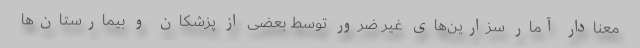
معنادار آمار سزارین‌های غیر ضرور توسط بعضی از پزشکان و بیمارستان‌ها